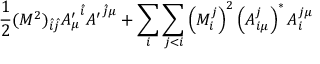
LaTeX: \frac { 1 } { 2 } ( M ^ { 2 } ) _ { \hat { i } \hat { j } } { A _ { \mu } ^ { \prime } } ^ { \hat { i } } { A ^ { \prime } } ^ { \hat { j } \mu } + \sum _ { i } \sum _ { j < i } \left( M _ { i } ^ { j } \right) ^ { 2 } \left( A _ { i \mu } ^ { j } \right) ^ { * } A _ { i } ^ { j \mu }